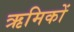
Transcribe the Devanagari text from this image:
ऋमिकों